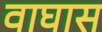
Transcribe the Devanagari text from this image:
वाघास